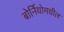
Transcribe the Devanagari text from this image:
बोर्नियोमधील